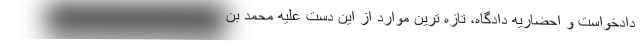
دادخواست و احضاریه دادگاه، تازه ترین موارد از این دست علیه محمد بن